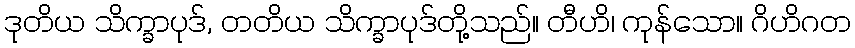
ဒုတိယ သိက္ခာပုဒ်, တတိယ သိက္ခာပုဒ်တို့သည်။ တီဟိ၊ ကုန်သော။ ဂိဟိဂတ